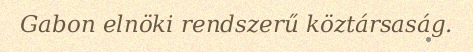
Gabon elnöki rendszerű köztársaság.